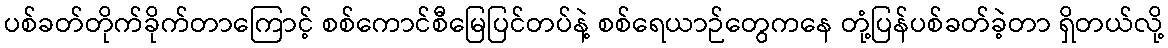
ပစ်ခတ်တိုက်ခိုက်တာကြောင့် စစ်ကောင်စီမြေပြင်တပ်နဲ့ စစ်ရေယာဉ်တွေကနေ တုံ့ပြန်ပစ်ခတ်ခဲ့တာ ရှိတယ်လို့